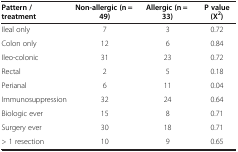
<table><thead><tr><td><b>Pattern / treatment</b></td><td><b>Non-allergic (n = 49)</b></td><td><b>Allergic (n = 33)</b></td><td><b>P value (Χ<sup>2</sup>)</b></td></tr></thead><tbody><tr><td>Ileal only</td><td>7</td><td>3</td><td>0.72</td></tr><tr><td>Colon only</td><td>12</td><td>6</td><td>0.84</td></tr><tr><td>Ileo-colonic</td><td>31</td><td>23</td><td>0.72</td></tr><tr><td>Rectal</td><td>2</td><td>5</td><td>0.18</td></tr><tr><td>Perianal</td><td>6</td><td>11</td><td>0.04</td></tr><tr><td>Immunosuppression</td><td>32</td><td>24</td><td>0.64</td></tr><tr><td>Biologic ever</td><td>15</td><td>8</td><td>0.71</td></tr><tr><td>Surgery ever</td><td>30</td><td>18</td><td>0.71</td></tr><tr><td>&gt; 1 resection</td><td>10</td><td>9</td><td>0.65</td></tr></tbody></table>